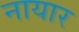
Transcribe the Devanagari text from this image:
नायार